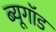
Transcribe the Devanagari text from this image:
ब्यूगॉड